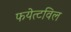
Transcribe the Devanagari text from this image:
फयेत्टविल